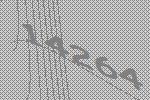
14264